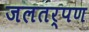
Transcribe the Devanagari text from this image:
जलतर्पण